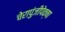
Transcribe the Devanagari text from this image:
चेरापुंजीपेक्षा